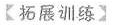
【拓展训练】